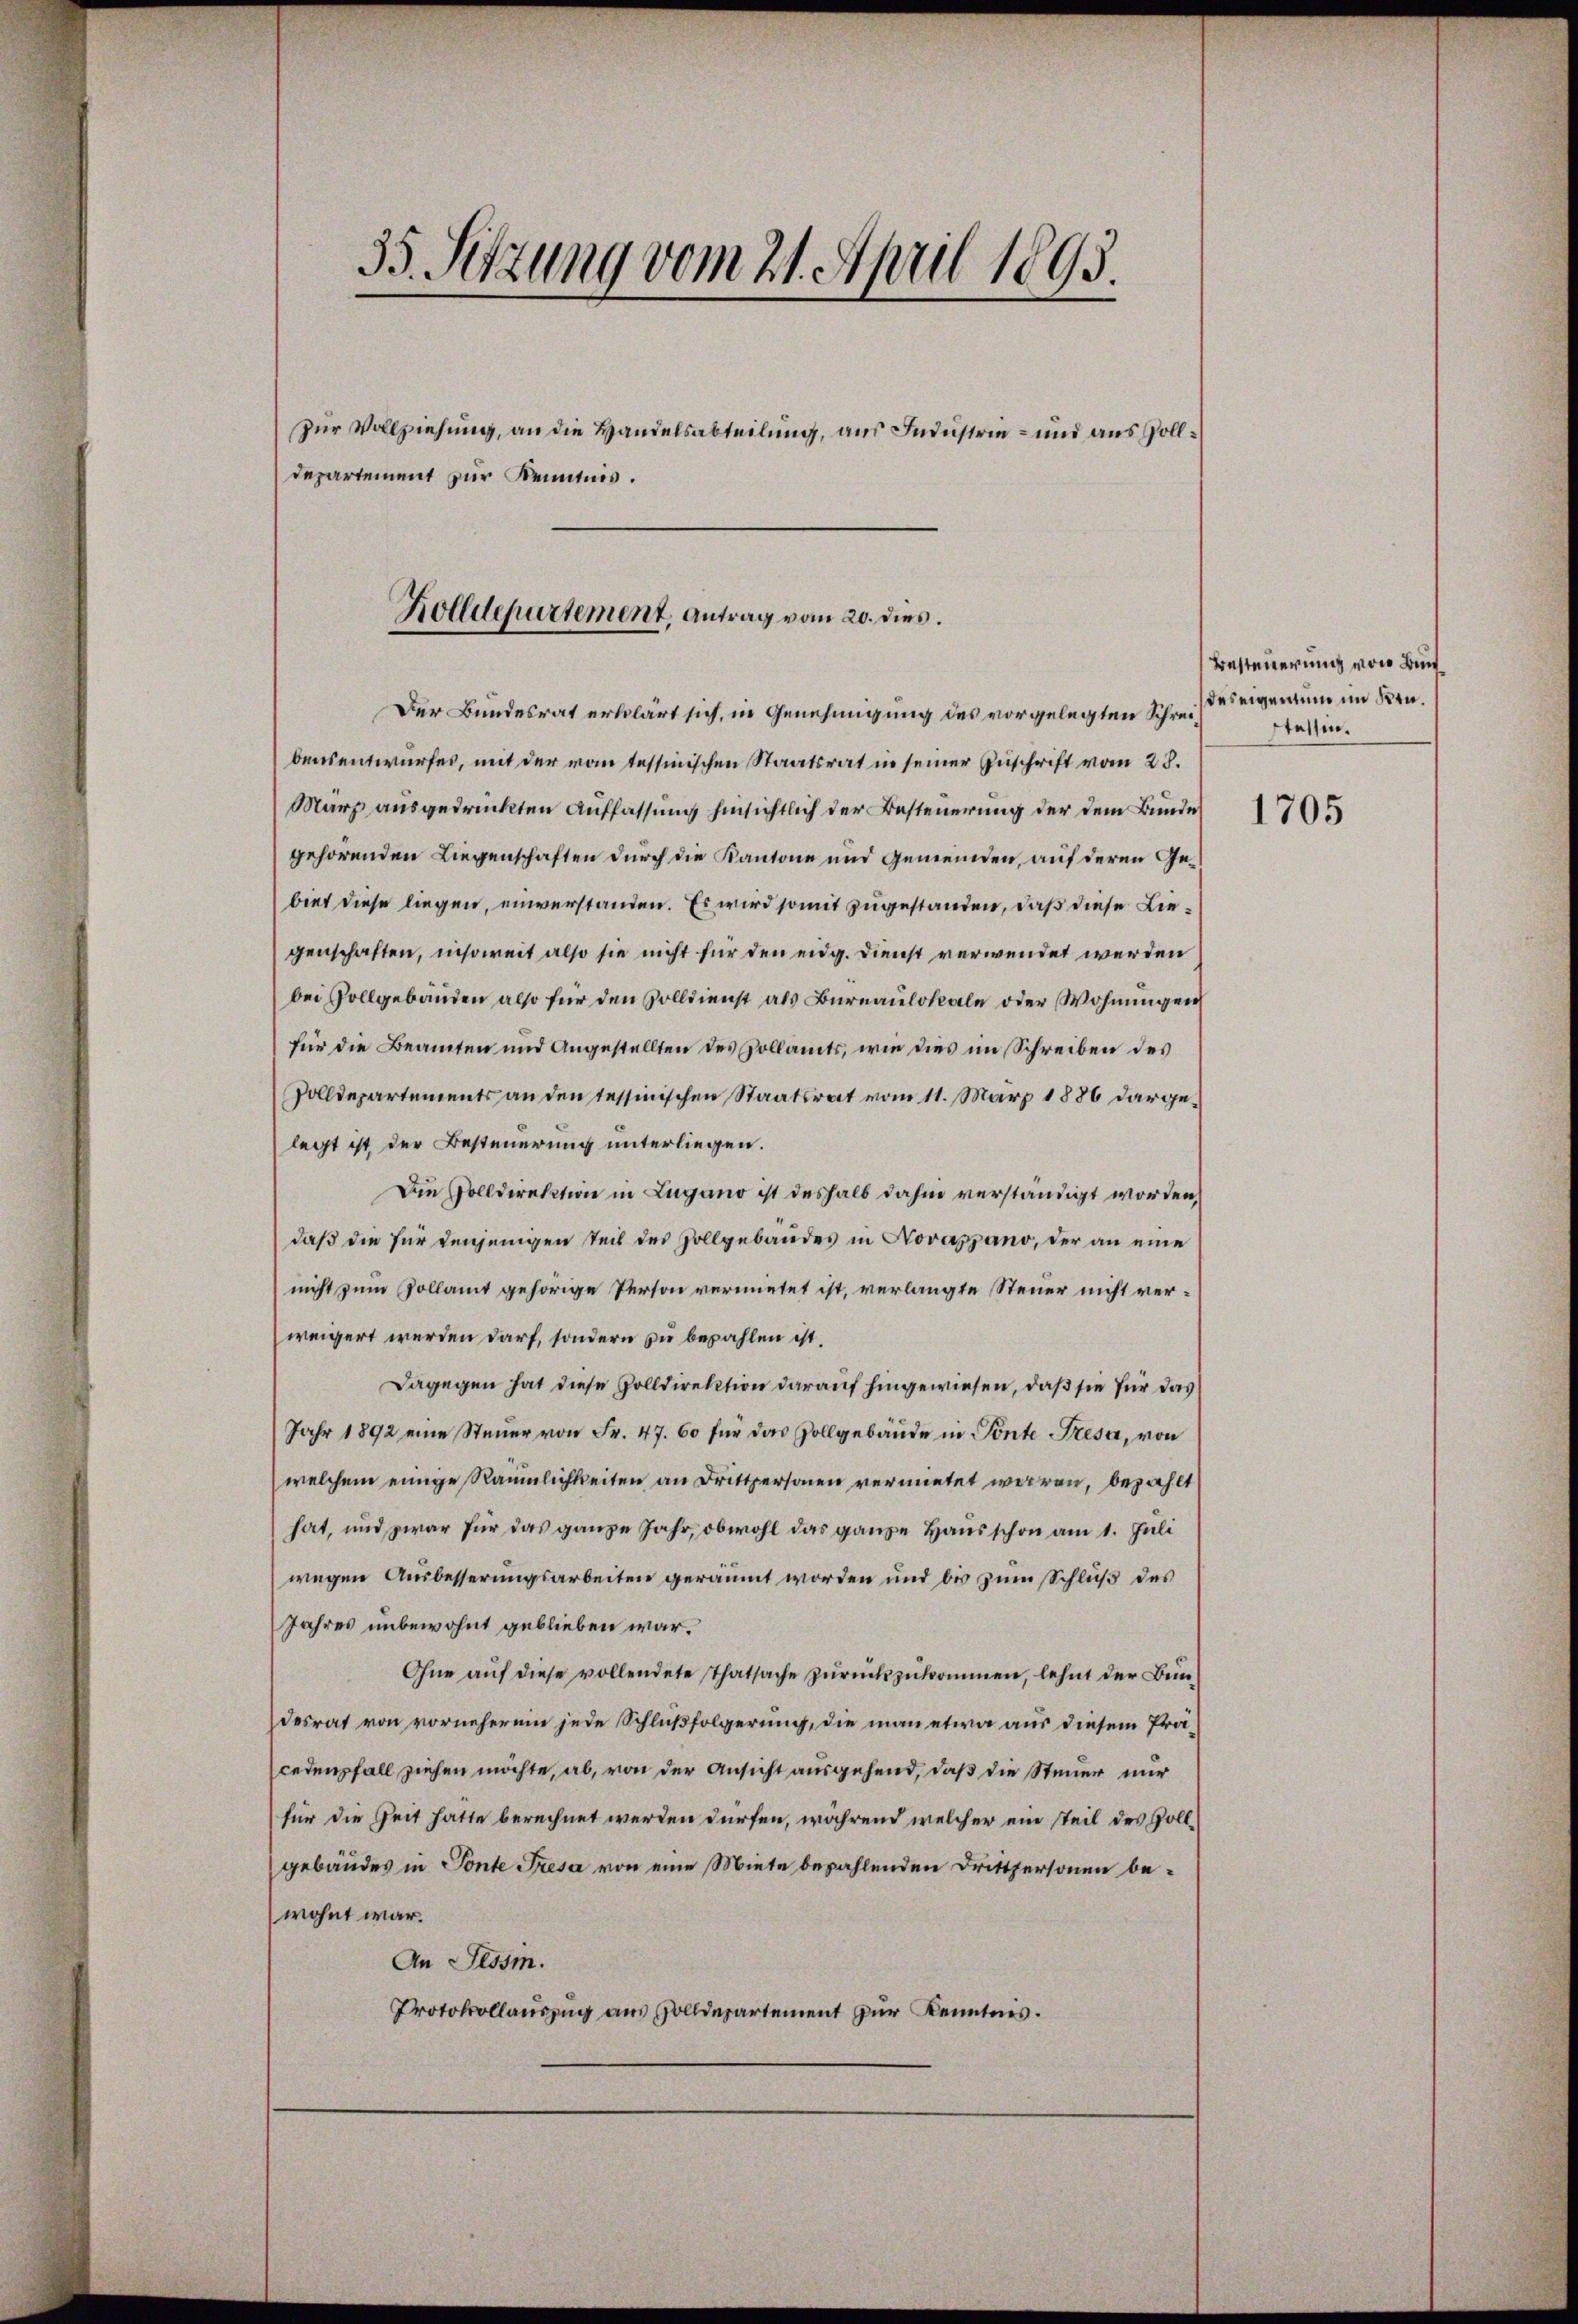
35. Sitzung vom 21. April 1895.
zur Vollziehung, an die Handelsabteilung, aus Industrie- und aus solldepartement zur Kenntnis.
Holldepartement. Antrag vom 20. dies.

bensentwurfes, mit der vom tessinischen Staatsrat in seiner Zuschrift vom 28.
März ausgedrückten Auffassung hinsichtlich der Besteuerung der dem Bunde 170
gehörenden Liegenschaften durch die Kantone und Gemeinden, auf deren Gebiet diese liegen, einverstanden. Es wird somit zugestanden, daß diese Liegenschaften, insoweit also sie nicht für den eidg. Dienst verwendet werden
bei Vollgebäuden also für den Solldienst als Bureaulokale oder Wohnungen
für die Beamten und Angestellten des Vollamts, wie dies im Schreiben des
Zolldepartements an den Tessinischen Staatsrat vom 11. März 1886 dargelegt ist der Besteuerung unterliegen.
Die Volldirektion in Lugano ist deshalb dahin verständigt worden,
daß die für denjenigen Teil des Zollgebäudes in Novappano, der an eine
nicht zum Vollamt gehörige Person vermietet ist, verlangte Steuer nicht verweigert werden darf, sondern zu bezahlen ist.
Dagegen hat diese Zolldirektion darauf hingewiesen, daß sie für das
Jahr 1892 eine Steŭer von Fr. 47. 60 für das Zollgebäude in Ponte Fresa, von
welchem einige Räumlichkeiten an Drittpersonen vermietet waren, bezahlt
hat, und zwar für das ganze Jahr, obwohl das ganze Haus schon am 1. Juli
wegen Ausbesserungsarbeiten geräumt worden und bis zum Schluß des
Jahres unbewohnt geblieben war.
Ohne aŭf diese vollendete Thatsache zŭrückzukommen, lehnt der Bundesrat von vorneherein jede Schlußfolgerung, die man etwa aus diesem Präcedenfall ziehen möchte, ab, von der Ansicht ausgehend, daß die Steuer nur
für die Zeit hatte berechnet werden dürfen, während welcher ein steil des Hollgebäudes in Tonte Fresa von eine Miete bezahlenden Drittpersonen bewohnt war.
An Tessin.
Protokollauszug aus Zolldepartement zur Kenntnis.

Der Bundesrat erklärt sich, in Genehmigung des vorgelegten Schrei¬

Besteuerung von Bundes eigen nun im Kentessin.